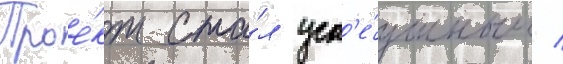
Прое́кт ста́л усп'е́шным /